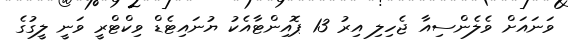
ވަނައަށް ވެލެންސިއާ ޖެހިލި އިރު 13 ޕޮއިންޓާއެކު ޔުނައިޓެޑް ވިކްޓްރީ ވަނީ ލީގުގެ